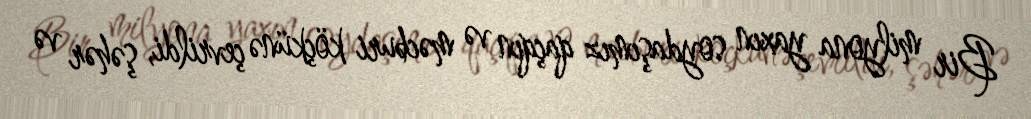
Bir milyona yaxın soydaşımız qaçqın və məcburi köçkünə çevrildi, şəhər və